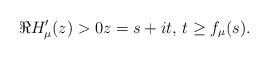
LaTeX: \begin{align*}\Re H'_{\mu}(z)>0z=s+it,\,t\ge f_{\mu}(s).\end{align*}